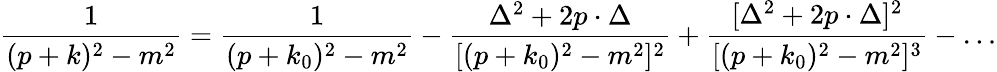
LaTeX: \frac{1}{(p+k)^{2}-m^{2}}=\frac{1}{(p+k_{0})^{2}-m^{2}}-\frac{\Delta^{2}+2p\cdot\Delta}{[(p+k_{0})^{2}-m^{2}]^{2}}+\frac{[\Delta^{2}+2p\cdot\Delta]^{2}}{[(p+k_{0})^{2}-m^{2}]^{3}}-\dots